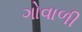
ગોવાળી